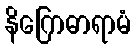
နိဂြောဓာရာမံ